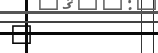
٨